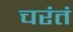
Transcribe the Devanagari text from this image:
चरंतं